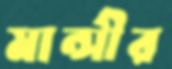
মান্সীর